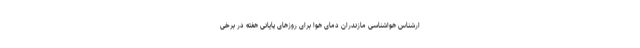
ارشناس هواشناسی مازندران دمای هوا برای روزهای پایانی هفته در برخی